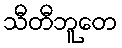
သီတီဘူတေ